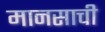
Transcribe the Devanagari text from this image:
मानसाची